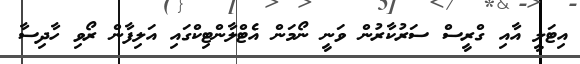
އިޓަލީ އާއި ގްރީސް ސަރުކާރުން ވަނީ ނޯމަން އެޓްލާންޓިކްގައި އަލިފާން ރޯވި ހާދިސާ